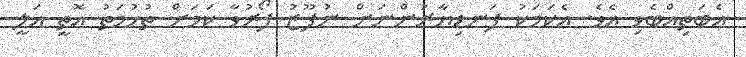
އެބަތިއްބެވި އެވެ. އެކަމަކު ފަނޑިޔާރުންނަށް ނުފޫޒު ފޯރުވާ ކަމަށް ތުހުމަތު އޮތީ އަލީ